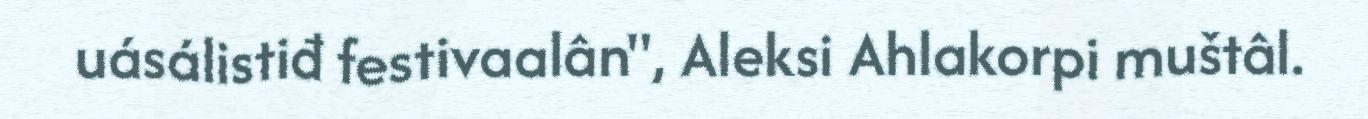
uásálistiđ festivaalân", Aleksi Ahlakorpi muštâl.